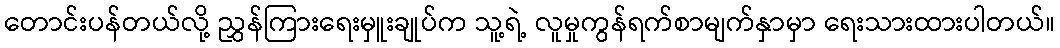
တောင်းပန်တယ်လို့ ညွှန်ကြားရေးမှူးချုပ်က သူ့ရဲ့ လူမှုကွန်ရက်စာမျက်နှာမှာ ရေးသားထားပါတယ်။